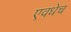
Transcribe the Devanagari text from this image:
एवधेच